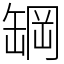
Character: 罁